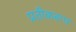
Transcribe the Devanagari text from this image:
प्रतीकरूप